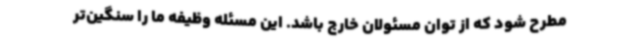
مطرح شود که از توان مسئولان خارج باشد. این مسئله وظیفه ما را سنگین‌تر